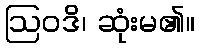
ဩဝဒိ၊ ဆုံးမ၏။